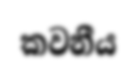
කවනීය